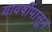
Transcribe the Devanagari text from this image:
यावर्षीपासून